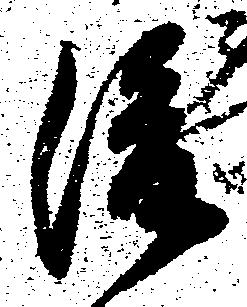
後